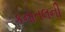
કનાતલની